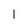
Character: l